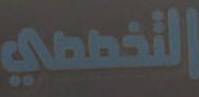
التخصمي